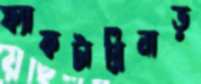
ফ্যাকটারিনাড়